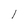
Character: 1